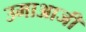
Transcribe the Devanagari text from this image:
उमाआजी